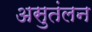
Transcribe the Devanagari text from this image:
असुतंलन